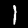
Label: 1